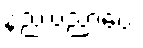
နည်းပညာပေး